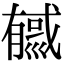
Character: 㦽